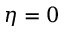
\protect \eta = 0